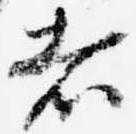
者